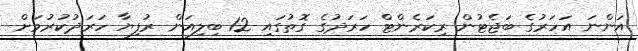
އަންނަ އަހަރުގެ ބަޖެޓުން ރިކަރެންޓް ހަރަދުގެ ގޮތުގައި 12 ބިލިއަން ރުފިޔާ ހަރަދުކުރުމަށް